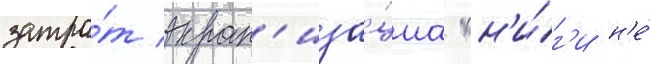
затра́т экран'иза́циа кн'и́г'и н'е́